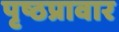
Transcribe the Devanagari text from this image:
पृष्ठप्रावार